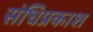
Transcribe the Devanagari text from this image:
संधिप्रकाश